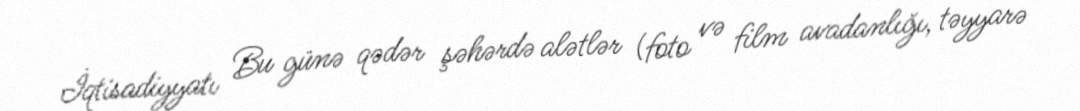
İqtisadiyyatı Bu günə qədər şəhərdə alətlər (foto və film avadanlığı, təyyarə